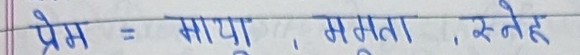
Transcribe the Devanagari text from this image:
प्रेम = माया, मुहब्बता, स्नेह